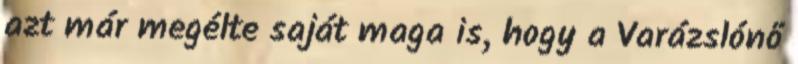
azt már megélte saját maga is, hogy a Varázslónő